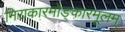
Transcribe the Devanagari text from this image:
निराकारमोङ्कारमूलम्